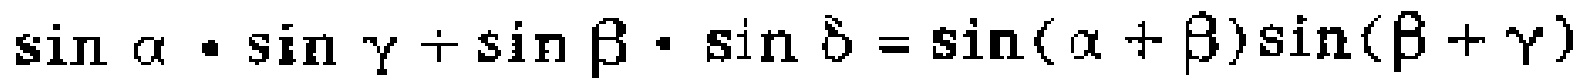
\(\sin \alpha\cdot\sin \gamma+\sin \beta\cdot\sin \delta=\sin(\alpha + \beta)\sin(\beta+\gamma)\)